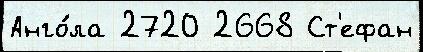
Анго́ла 2720 2668 Ст'ефан